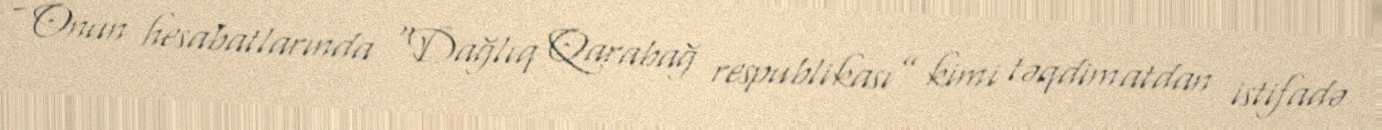
- Onun hesabatlarında “Dağlıq Qarabağ respublikası” kimi təqdimatdan istifadə